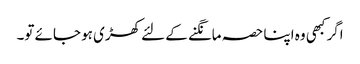
اگر کبھی وہ اپنا حصہ مانگنے کے لئے کھڑی ہو جائے تو۔